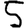
Digit: 5